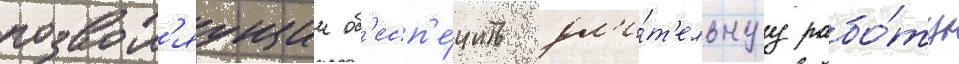
позвол'яущии об'есп'е́чить дл'и́т'ельнуу рабо́ту